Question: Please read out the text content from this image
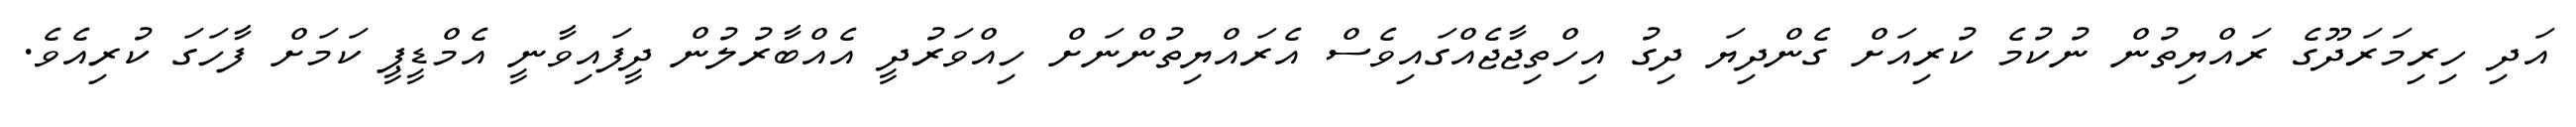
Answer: އަދި ހިރިމަރަދޫގެ ރައްޔިތުން ނުކުމެ ކުރިއަށް ގެންދިޔަ ދިގު އިހްތިޖާޖެއްގައިވެސް އެރައްޔިތުންނަށް ހިއްވަރުދީ އެއްބާރުލުން ދީފައިވާނީ އެމްޑީޕީ ކަމަށް ފާހަގަ ކުރިއެވެ.